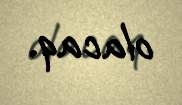
olacaq.